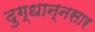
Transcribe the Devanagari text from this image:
दुग्धान्नसार